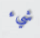
شيء